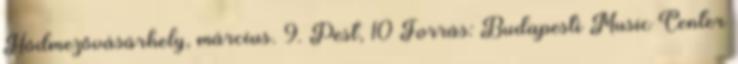
Hódmezővásárhely, március. 9. Pest, 10 Forrás: Budapesti Music Center